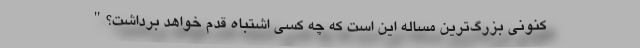
کنونی بزرگ‌ترین مساله این است که چه کسی اشتباه قدم خواهد برداشت؟"